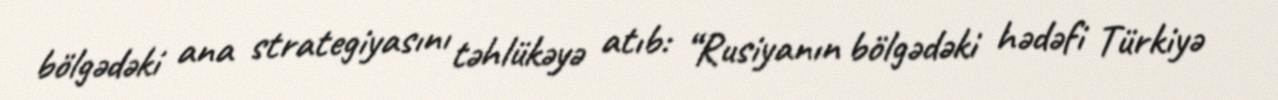
bölgədəki ana strategiyasını təhlükəyə atıb: “Rusiyanın bölgədəki hədəfi Türkiyə